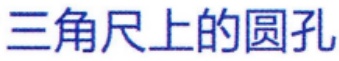
三角尺上的圆孔